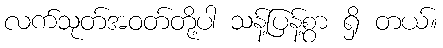
လက်သုတ်အဝတ်တို့ပါ သန့်ပြန့်စွာ ရှိ တယ်။